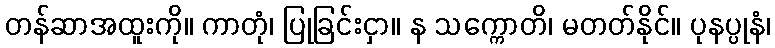
တန်ဆာအထူးကို။ ကာတုံ၊ ပြုခြင်းငှာ။ န သက္ကောတိ၊ မတတ်နိုင်။ ပုနပ္ပုနံ၊